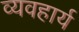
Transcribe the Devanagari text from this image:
व्‍यवहार्य